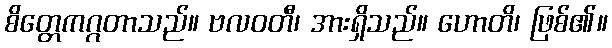
စိတ္တေကဂ္ဂတာသည်။ ဗလဝတီ၊ အားရှိသည်။ ဟောတိ၊ ဖြစ်၏။